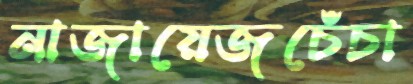
নাজায়েজচেঁচা